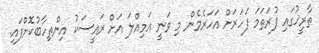
ތާރީޚުގައި ފުރަތަމަ ފަހަރަށް އަހަރެމެން މި ވަނީ އަމިއްލަ އަށް ރައީސަކު އިންތިހާބުކޮށްފައި.